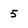
Character: 5